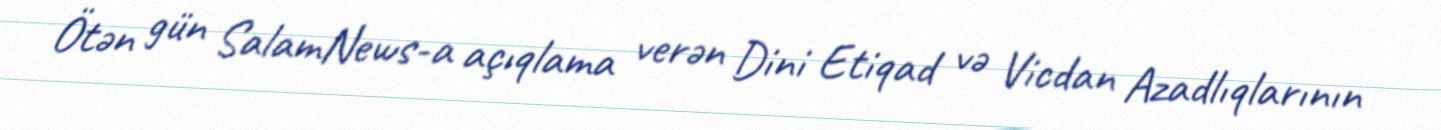
Ötən gün SalamNews-a açıqlama verən Dini Etiqad və Vicdan Azadlıqlarının